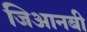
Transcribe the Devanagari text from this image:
जिआनबी